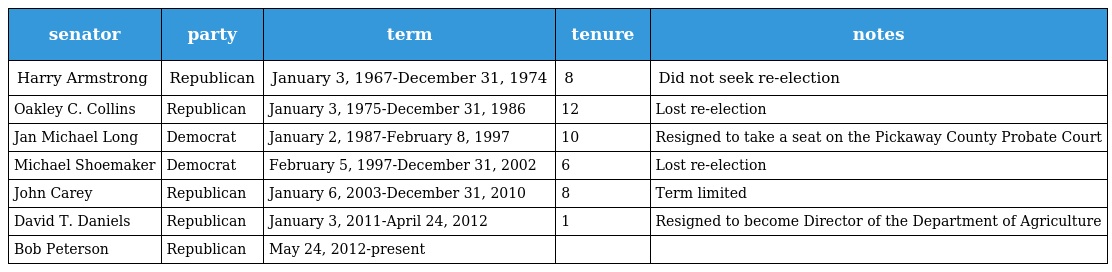
| senator | party | term | tenure | notes |
 | --- | --- | --- | --- | --- |
 | Harry Armstrong | Republican | January 3, 1967-December 31, 1974 | 8 | Did not seek re-election |
 | Oakley C. Collins | Republican | January 3, 1975-December 31, 1986 | 12 | Lost re-election |
 | Jan Michael Long | Democrat | January 2, 1987-February 8, 1997 | 10 | Resigned to take a seat on the Pickaway County Probate Court |
 | Michael Shoemaker | Democrat | February 5, 1997-December 31, 2002 | 6 | Lost re-election |
 | John Carey | Republican | January 6, 2003-December 31, 2010 | 8 | Term limited |
 | David T. Daniels | Republican | January 3, 2011-April 24, 2012 | 1 | Resigned to become Director of the Department of Agriculture |
 | Bob Peterson | Republican | May 24, 2012-present |  |  |